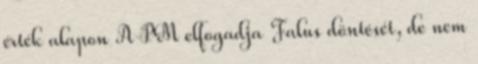
érték alapon A PM elfogadja Falus döntését, de nem